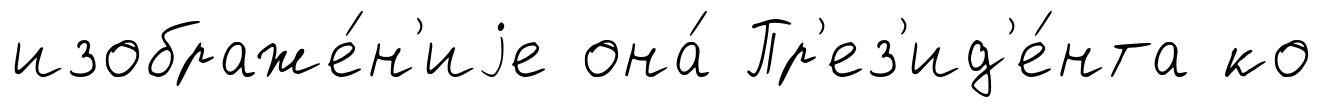
изображе́н'иjе она́ Пр'ез'ид'е́нта ко